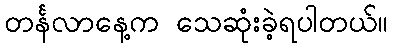
တင်္နလာနေ့က သေဆုံးခဲ့ရပါတယ်။